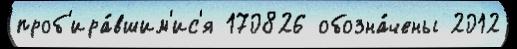
проб'ира́вшим'ис'я 170826 обозна́чены 2012